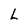
Character: L